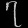
Digit: ၇